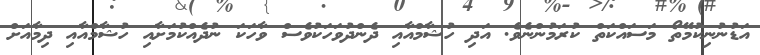
އަޑުނުނިކުމޭތޯ މަސައްކަތް ކުރަމުންނެވެ. އަދި ހުޝާމްއާއި ދެންދުވަހަކުވެސް ވާހަކަ ނުދެއްކުމަށާއި ހުޝާމްއާއި ދިމާއަށް